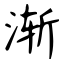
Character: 渐